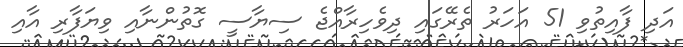
އަދި ފާއިތުވި 51 އަހަރު ތެރޭގައި ދިވެހިރާއްޖެ ސިޔާސީ ގޮތުންނާއި ވިޔަފާރި އާއި